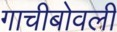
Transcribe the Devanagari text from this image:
गाचीबोवली